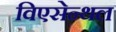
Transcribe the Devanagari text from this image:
विएसेन्थल